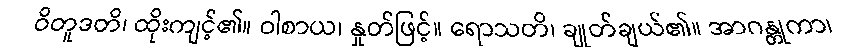
ဝိတူဒတိ၊ ထိုးကျင့်၏။ ဝါစာယ၊ နှုတ်ဖြင့်။ ရောသတိ၊ ချုတ်ချယ်၏။ အာဂန္တုကာ၊